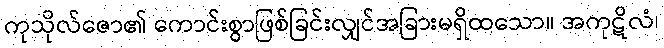
ကုသိုလ်ဇော၏ ကောင်းစွာဖြစ်ခြင်းလျှင်အခြားမရှိထသော။ အကုဋိလံ၊